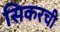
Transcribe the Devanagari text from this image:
सिकरची